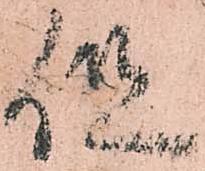
但